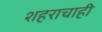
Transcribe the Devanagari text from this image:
शहराचाही